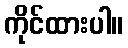
ကိုင်ထားပါ။